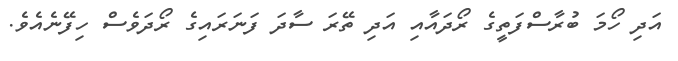
އަދި ހޯމަ ބުރާސްފަތީގެ ރޯދައާއި އަދި ތޭރަ ސާދަ ފަނަރައިގެ ރޯދަވެސް ހިފޭނެއެވެ.